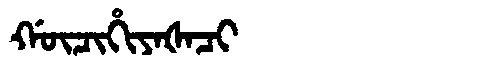
Manchu: ᡤᡡᠴᡳᡥᡳᠶᠠᡧᠠᠴᡳ
Romanization: GŪCIHIYAŠACI